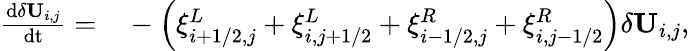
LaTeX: \begin{array}{rl}{\frac{\mathrm{d}\delta\mathbf{U}_{i,j}}{\mathrm{dt}}=}&{{}-\left(\xi_{i+1/2,j}^{L}+\xi_{i,j+1/2}^{L}+\xi_{i-1/2,j}^{R}+\xi_{i,j-1/2}^{R}\right)\delta\mathbf{U}_{i,j}}\end{array},